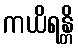
ကယိရန္တိ